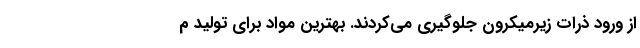
از ورود ذرات زیرمیکرون جلوگیری می‌کردند. بهترین مواد برای تولید م